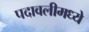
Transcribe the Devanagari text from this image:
पदावलीमध्ये